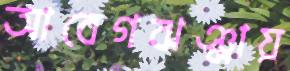
আবেগঝঞ্ঝায়